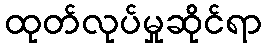
ထုတ်လုပ်မှုဆိုင်ရာ